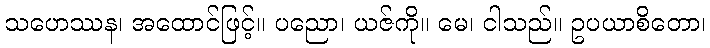
သဟေဿန၊ အထောင်ဖြင့်။ ပညော၊ ယဇ်ကို။ မေ၊ ငါသည်။ ဥပယာစိတော၊